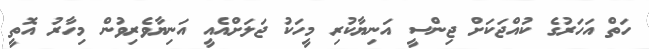
ހަތް އަހަރުގެ ކުއްޖަކަށް ޖިންސީ އަނިޔާކުރި މީހަކު ޖަލަށްއެއީ އަނިޔާވެރިވުން މިހާރު އޮތީ